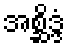
အစ္ဆိဒ္ဒံ